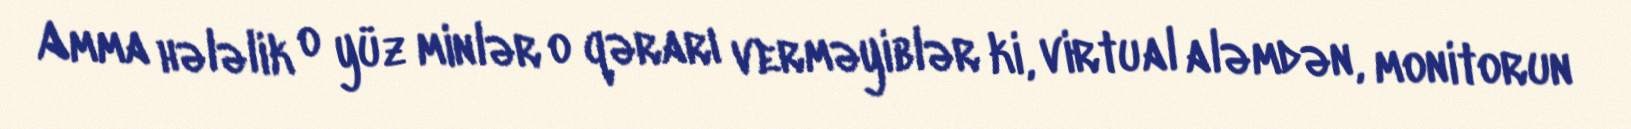
Amma hələlik o yüz minlər o qərarı verməyiblər ki, virtual aləmdən, monitorun